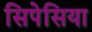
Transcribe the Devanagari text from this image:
सिपेसिया